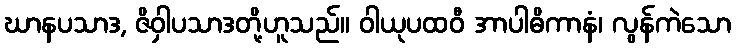
ဃာနပသာဒ, ဇိဝှါပသာဒတို့ဟူသည်။ ဝါယုပထဝီ အာပါဓိကာနံ၊ လွန်ကဲသော